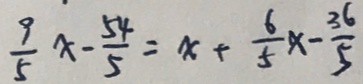
\frac { 9 } { 5 } x - \frac { 5 4 } { 5 } = x + \frac { 6 } { 5 } x - \frac { 3 6 } { 5 }